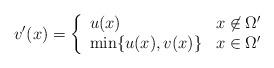
LaTeX: \begin{align*}v'(x) = \left\{ \begin{array}{l l} u(x) & x \not\in \Omega' \\ \min\{ u(x), v(x)\} & x \in \Omega' \end{array} \right.\end{align*}